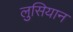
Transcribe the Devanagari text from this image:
लुसियान